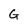
Character: G